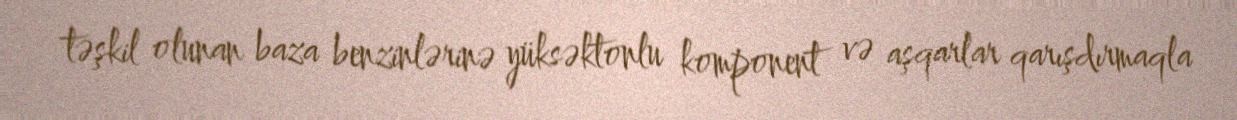
təşkil olunan baza benzinlərinə yüksəktonlu komponent və aşqarlar qarışdırmaqla